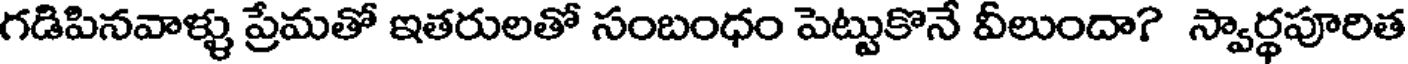
గడిపినవాళ్ళు ప్రేమతో ఇతరులతో సంబంధం పెట్టుకొనే వీలుందా? స్వార్థపూరిత